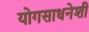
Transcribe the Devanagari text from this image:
योगसाधनेशी